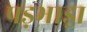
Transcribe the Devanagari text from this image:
पड़भाड़ा